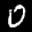
Label: 0